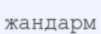
жандарм